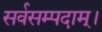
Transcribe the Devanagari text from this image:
सर्वसम्पदाम्‌।